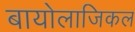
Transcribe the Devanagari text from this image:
बायोलाजिकल